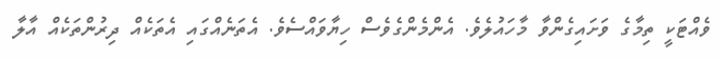
ވެއްޓަކީ ތިމާގެ ވަށައިގެންވާ މާހައުލެވެ. އެންމެންގެވެސް ހިޔާވައްސެވެ. އެތަނެއްގައި އެތަކެއް ދިރުންތަކެއް އާލާ